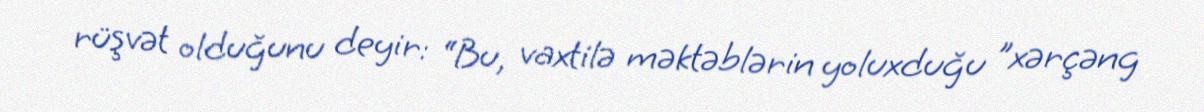
rüşvət olduğunu deyir: “Bu, vaxtilə məktəblərin yoluxduğu ”xərçəng